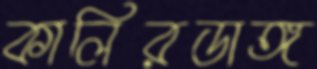
কালিরডাঙ্গ